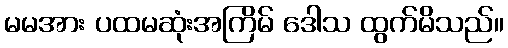
မမအား ပထမဆုံးအကြိမ် ဒေါသ ထွက်မိသည်။